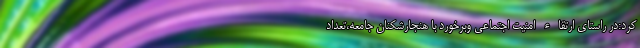
کرد:در راستای ارتقاء امنیت اجتماعی وبرخورد با هنجارشکنان جامعه،تعداد